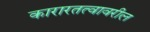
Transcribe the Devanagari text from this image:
कारारतत्वावरील